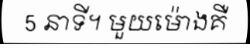
5 នាទី។ មួយម៉ោងគឺ